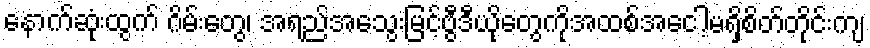
နောက်ဆုံးထွက် ဂိမ်းတွေ၊ အရည်အသွေးမြင့်ဗွီဒီယိုတွေကိုအထစ်အငေါ့မရှိစိတ်တိုင်းကျ